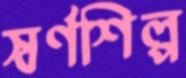
স্বর্ণশিল্প